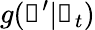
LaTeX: g(\boldsymbol\uprho^{\prime}|\boldsymbol\uprho_{t})